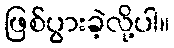
ဖြစ်ပွားခဲ့လို့ပါ။